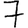
Digit: 7